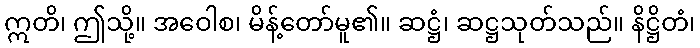
ဣတိ၊ ဤသို့။ အဝေါစ၊ မိန့်တော်မူ၏။ ဆဋ္ဌံ၊ ဆဋ္ဌသုတ်သည်။ နိဋ္ဌိတံ၊